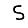
Digit: 5